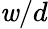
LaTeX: \mathit{w}/d